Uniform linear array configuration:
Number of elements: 8
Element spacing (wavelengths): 0.25
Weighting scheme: binomial
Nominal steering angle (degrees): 60
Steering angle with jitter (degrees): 60.774
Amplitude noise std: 0.05
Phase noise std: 0.05

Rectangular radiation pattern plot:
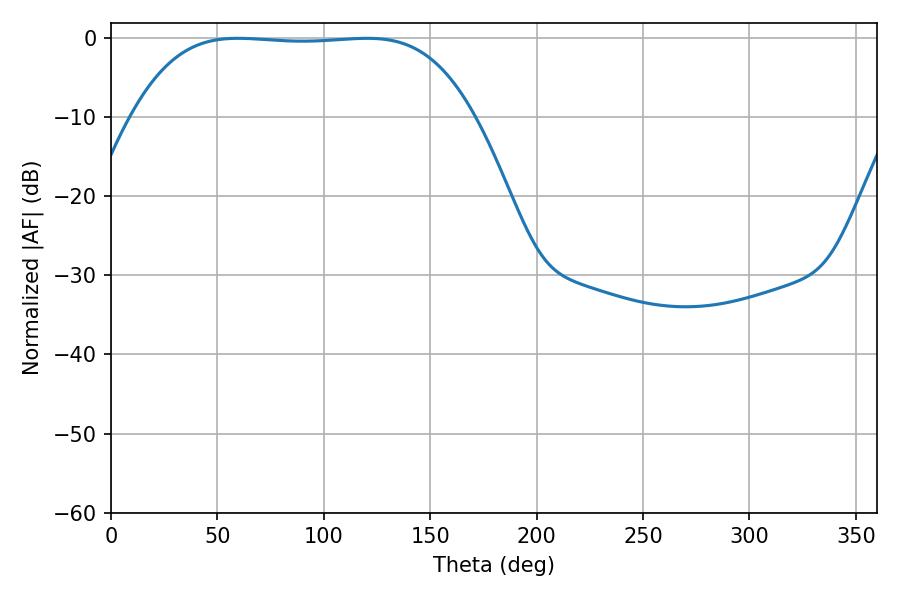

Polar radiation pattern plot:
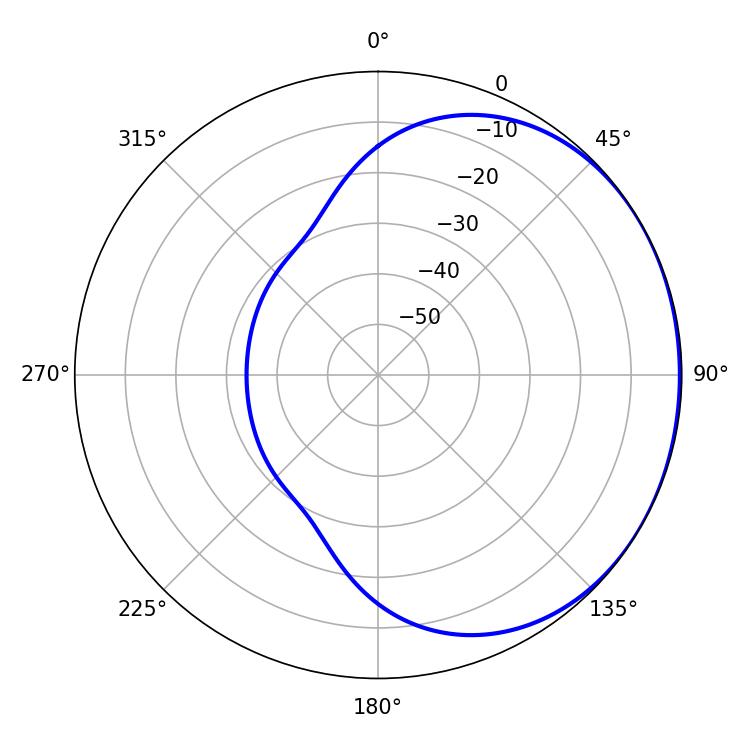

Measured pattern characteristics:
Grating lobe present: FALSE
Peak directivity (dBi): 0.7573
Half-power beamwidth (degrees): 123.84
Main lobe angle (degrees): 59.76